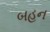
બહન